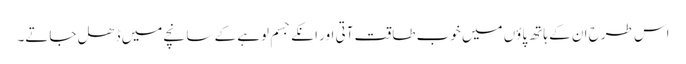
اس طرح ان کے ہاتھ پاؤں میں خوب طاقت آتی اور انکے جسم لوہے کے سانچے میں ڈھل جاتے۔